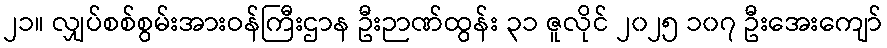
၂၁။ လျှပ်စစ်စွမ်းအားဝန်ကြီးဌာန ဦးဉာဏ်ထွန်း ၃၁ ဇူလိုင် ၂၀၂၅ ၁၀၇ ဦးအေးကျော်